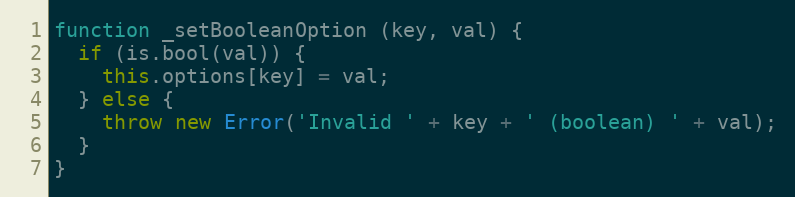
Language: JavaScript
function _setBooleanOption (key, val) {
  if (is.bool(val)) {
    this.options[key] = val;
  } else {
    throw new Error('Invalid ' + key + ' (boolean) ' + val);
  }
}